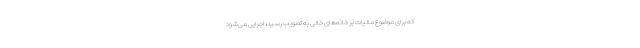
که برای موضوع مالیات بر خانه‌های خالی به تصویب رسید، اجرایی می‌شود